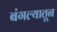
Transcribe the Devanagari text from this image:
बंगल्यातून